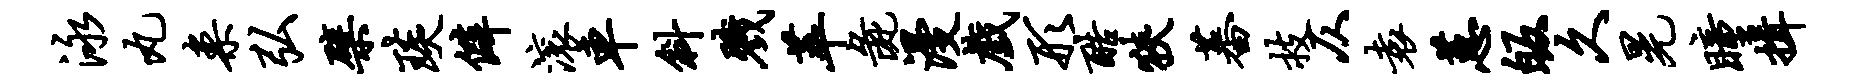
泳丸案弘檗琰僻滚车斜戮萃彘漫戏形酷狭蕃技仄袁蕙皈久晃瞳揖